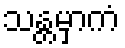
သန္တမှာကံ